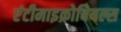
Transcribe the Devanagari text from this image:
एंटीमाइक्रोबियल्स